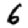
Digit: 6